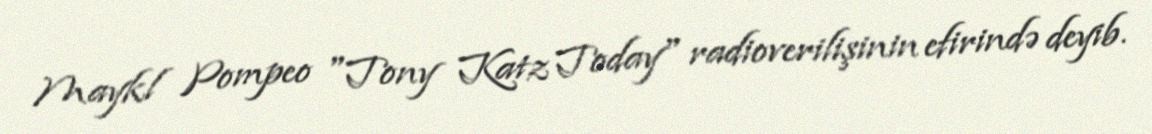
Maykl Pompeo "Tony Katz Today" radioverilişinin efirində deyib.